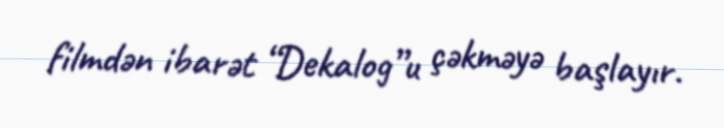
filmdən ibarət “Dekalog”u çəkməyə başlayır.